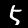
Digit: 5